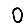
Digit: 0